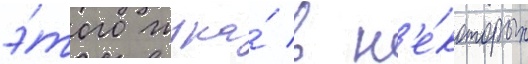
э́того жука́ в н'е́которых